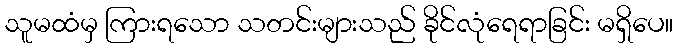
သူမထံမှ ကြားရသော သတင်းများသည် ခိုင်လုံရေရာခြင်း မရှိပေ။